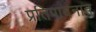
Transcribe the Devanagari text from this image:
प्रतिपादनात